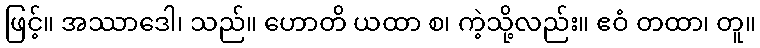
ဖြင့်။ အဿာဒေါ၊ သည်။ ဟောတိ ယထာ စ၊ ကဲ့သို့လည်း။ ဧဝံ တထာ၊ တူ။